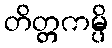
တိတ္တကမ္ပိ